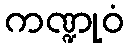
ကဏ္ဍုဝံ